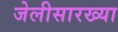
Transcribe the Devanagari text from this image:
जेलीसारख्या